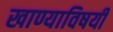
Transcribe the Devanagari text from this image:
खाण्याविषयी